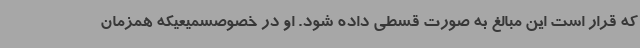
که قرار است این مبالغ به صورت قسطی داده شود. او در خصوصسمیعیکه همزمان